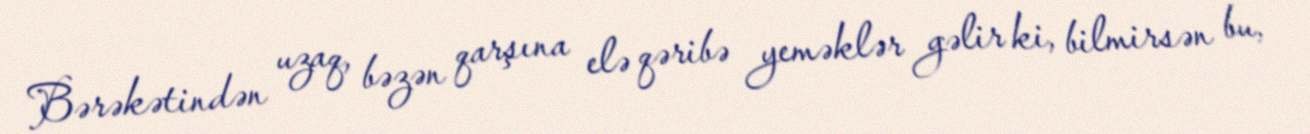
Bərəkətindən uzaq, bəzən qarşına elə qəribə yeməklər gəlir ki, bilmirsən bu,